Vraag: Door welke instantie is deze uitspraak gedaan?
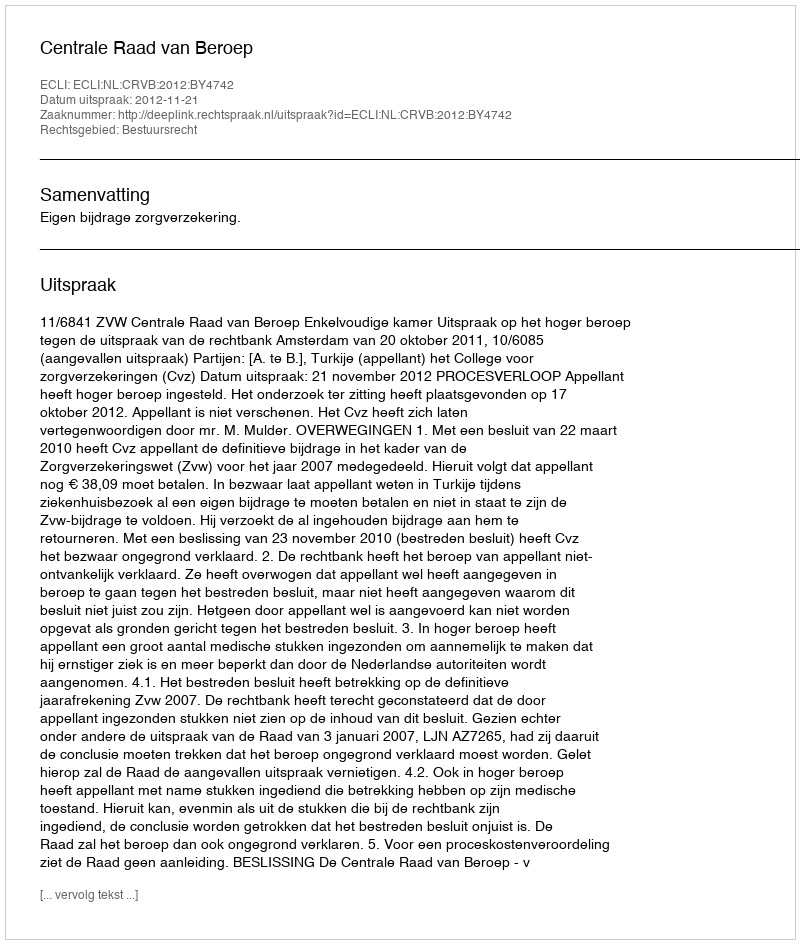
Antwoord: Centrale Raad van Beroep